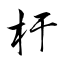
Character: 杅